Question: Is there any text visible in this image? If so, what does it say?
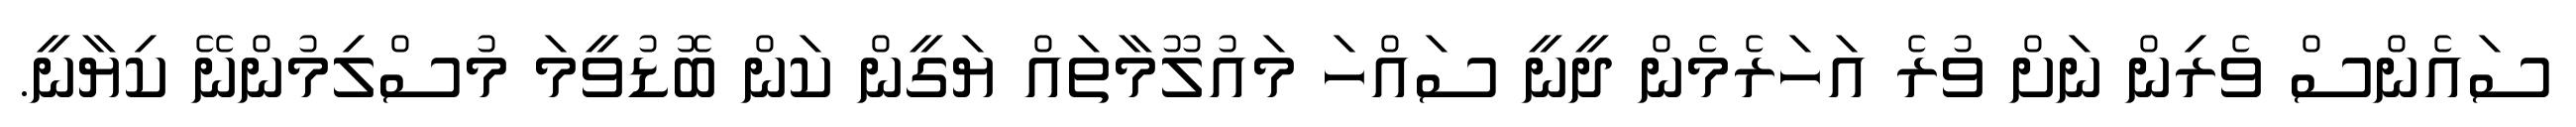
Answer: ސައެންސް ވެރިން ނަށް ވުރެ އަހަރެމެން ދީނީ ސައްހަ މައުލޫމާތައް ޔަގީން ކަން ބޮޑުވީމަ މުސްލިމުންނޭ ކިޔާނީ.